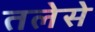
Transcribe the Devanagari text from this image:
तलेसे